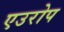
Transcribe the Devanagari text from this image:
एउरोप